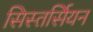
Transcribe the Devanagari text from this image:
सिस्तर्सियन